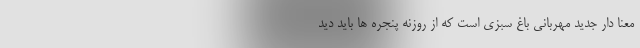
معنا دار جدید مهربانی باغ سبزی است که از روزنه پنجره ها باید دید